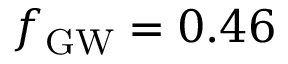
\ensuremath { f _ { \mathrm { G W } } } = 0 . 4 6